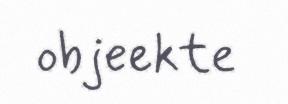
objeekte